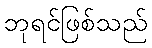
ဘုရင်ဖြစ်သည်